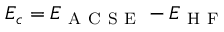
E _ { c } = E _ { \mathrm { ~ A ~ C ~ S ~ E ~ } } - E _ { \mathrm { ~ H ~ F ~ } }